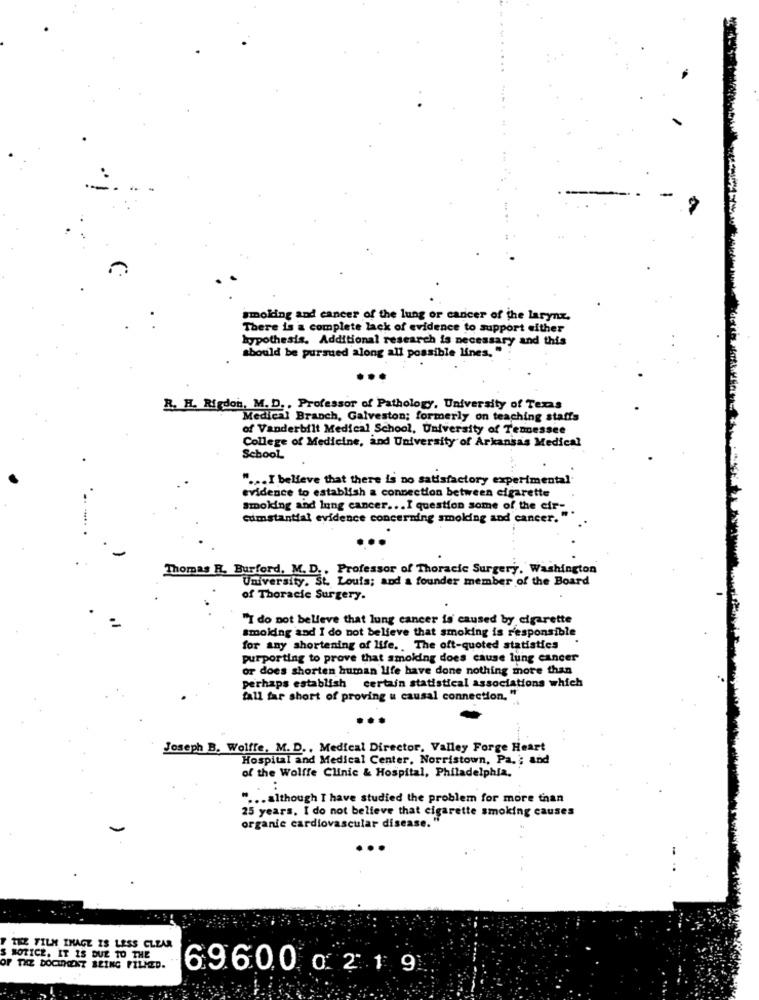
smoking and cancer of the lung or cancer of the larynx.
There is a complete lack of evidence to support either
hypothesis. Additional research is necessary and this
should be pursued along all possible lines. "
R. H. Rigdon, M. D. , Professor of Pathology, University of Texas
Medical Branch, Galveston; formerly on teaching staffs
of Vanderbilt Medical School, University of Tennessee
College of Medicine, and University of Arkansas Medical
School
" ... I believe that there is no satisfactory experimental.
evidence to establish a connection between cigarette
Smoking and lung cancer ... I question some of the cir-
cumstantial evidence concerning smoking and cancer."
Thomas R. Burford, M. D ., Professor of Thoracic Surgery, Washington
University. St. Louis; and & founder member of the Board
of Thoracic Surgery.
"I do not believe that lung cancer is caused by cigarette
smoking and I do not believe that smoking is responsible
for any shortening of life .. The oft-quoted statistics
purporting to prove that smoking does cause lung cancer
or does shorten human life have done nothing more than
perhaps establish certain statistical associations which
fall far short of proving u causal connection. "
Joseph B. Wolffe, M. D ., Medical Director, Valley Forge Heart
Hospital and Medical Center, Norristown, Pa .; and
of the Wolffe Clinic & Hospital, Philadelphia,
" ... although I have studied the problem for more than
25 years, I do not believe that cigarette smoking causes
organic cardiovascular disease. "
THE FILM INAGE IS LESS CLEAR
NOTICE. IT IS DUE TO THE
OF THE DOCUMENT BEING FILMED.
6960.0 0 2 19